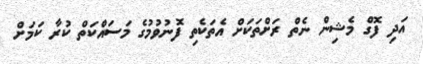
އަދި ފޮގް މެޝިން ނެތް ރަށްތަކަށް އެތަކެތި ފޮނުވުމުގެ މަސައްކަތް ކުރާ ކަމަށް